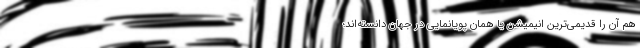
هم آن را قدیمی‌ترین انیمیشن یا همان پویانمایی در جهان دانسته‌اند؛